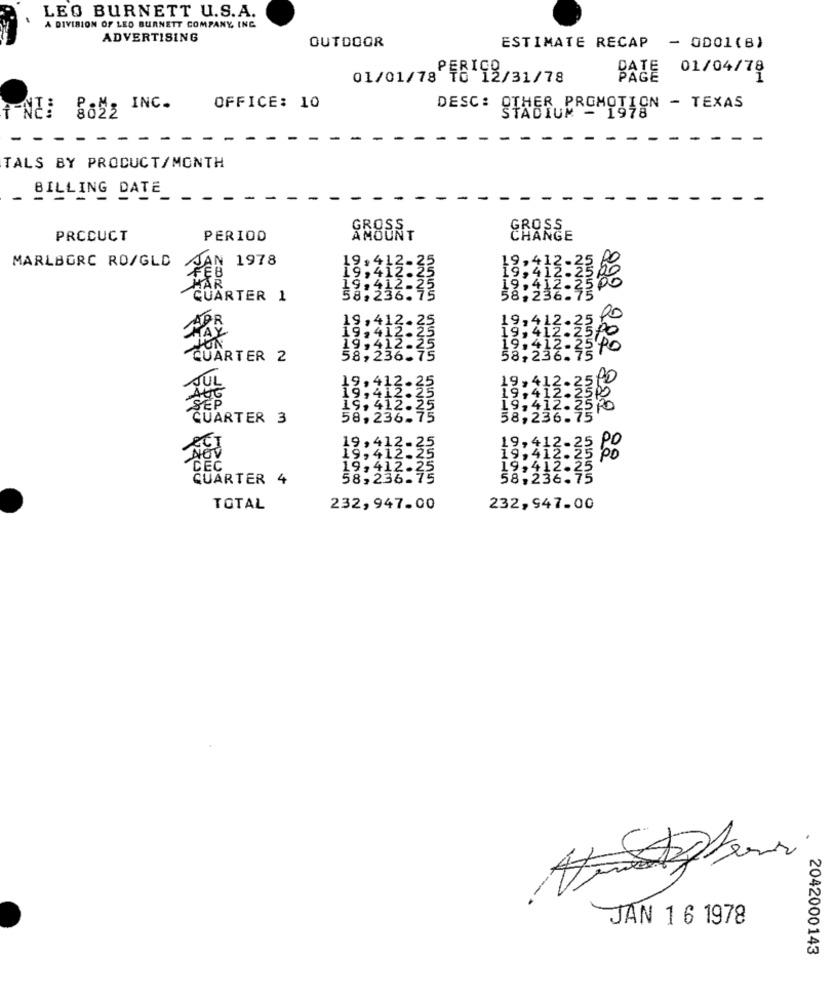
LEO BURNETT U.S.A.
A DIVISION OF LEO BURNETT COMPANY, INC.
ADVERTISING
OUTDOOR
ESTIMATE RECAP - OD01(8)
01/04/78
01/01/78 48 12/31/78
BALE
f NE: BoZZ INC.
OFFICE: 10
DESC: OTHER PROMOTION - TEXAS
STADIUM
-
-
TALS BY PRODUCT/MONTH
BILLING DATE_
PRCCUCT
PERIOD
AMOUNT
CHANGE
UIUIUIUI
MARLBORC RO/GLD
1978
19 ,412
9,412
9,41
QUARTER 1
8,236
58.
+N
NUNIVO
19, 41
.2
00
.41
19,412.
9,4
2300
9,4
QUARTER 2
58,236-7
1115
9990
4442
NANO
19, 412.25
41
JUL
19,
9, 412.
QUARTER 3
58, 236.75
----
+++N
NNNO
NNNN
19, 412.
,412.
2-2
NOV
19,412
19,41
2. 2
po
822 282 822 22
CEČ
19,412.
19
12.2
QUARTER 4
58,236.75
58,236
6.75
--- m
TOTAL
232,947.00
232,947.00
.
JAN 1 6 1978
2042000143